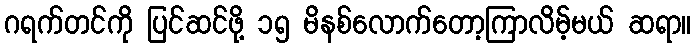
ဂရက်တင်ကို ပြင်ဆင်ဖို့ ၁၅ မိနစ်လောက်တော့ကြာလိမ့်မယ် ဆရာ။